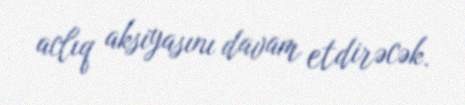
aclıq aksiyasını davam etdirəcək.